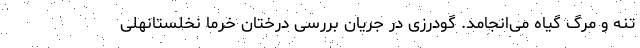
تنه و مرگ گیاه می‌انجامد. گودرزی در جریان بررسی درختان خرما نخلستانهلی